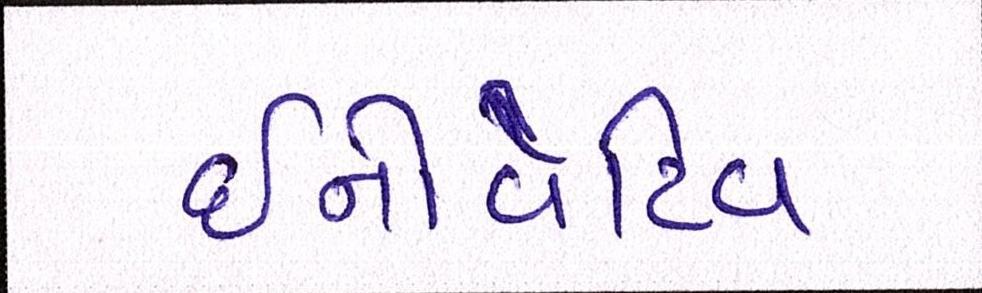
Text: ઇનોવેટિવ